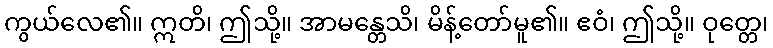
ကွယ်လေ၏။ ဣတိ၊ ဤသို့။ အာမန္တေသိ၊ မိန့်တော်မူ၏။ ဧဝံ၊ ဤသို့။ ဝုတ္တေ၊